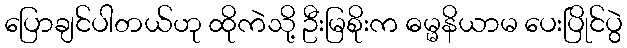
ပြောချင်ပါတယ်ဟု ထိုကဲသို့ ဦးမြစိုးက ဓမ္မနိယာမ ပေးပြိုင်ပွဲ